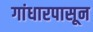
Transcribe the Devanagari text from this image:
गांधारपासून